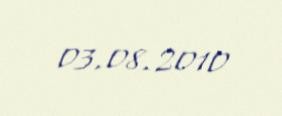
03.08.2010